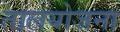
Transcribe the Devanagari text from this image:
तालयोजना